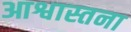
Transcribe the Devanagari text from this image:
आश्वास्तना